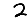
Digit: 2